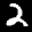
Label: 2